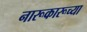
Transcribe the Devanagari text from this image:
नारूकारूच्या